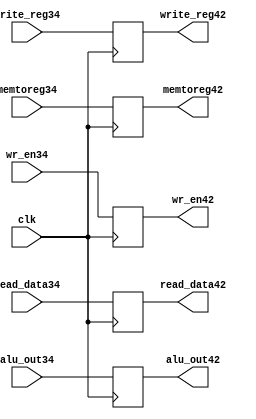
module dflipflop41(read_data42,alu_out42,memtoreg42,wr_en42,write_reg42,
                   read_data34,alu_out34,wr_en34,write_reg34,memtoreg34,clk);
                   output reg [31:0]read_data42,alu_out42;
                   output reg [4:0]write_reg42;
                   output reg memtoreg42,wr_en42;
                   input [31:0]read_data34,alu_out34;
                   input[4:0]write_reg34;
                   input memtoreg34,wr_en34,clk;
                   
always@(posedge clk )

begin
read_data42<=read_data34;
alu_out42<=alu_out34;
write_reg42<=write_reg34;
memtoreg42<=memtoreg34;
wr_en42<=wr_en34;
end
endmodule